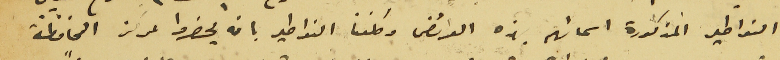
النواطير المذكورة اسمائهم بهذه العرائض وكلفنا النواطير بان يحضروا لمركز المحافظة